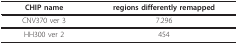
<table><thead><tr><td><b>CHIP name</b></td><td><b>regions differently remapped</b></td></tr></thead><tbody><tr><td>CNV370 ver 3</td><td>7.296</td></tr><tr><td>HH300 ver 2</td><td>454</td></tr></tbody></table>